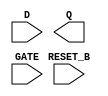
module sky130_fd_sc_hs__dlrtp (
    //# {{data|Data Signals}}
    input  D      ,
    output Q      ,

    //# {{control|Control Signals}}
    input  RESET_B,

    //# {{clocks|Clocking}}
    input  GATE
);

    // Voltage supply signals
    supply1 VPWR;
    supply0 VGND;

endmodule